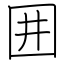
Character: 囲